Report on vaccination in Madras 1877-1894 - 1877-1894
Year: 1877
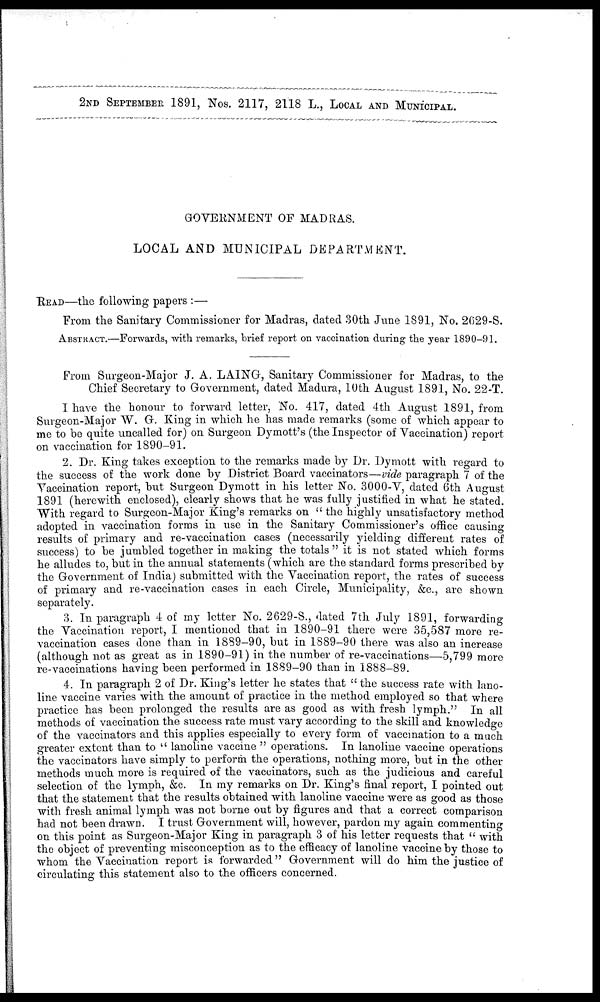
2ND SEPTEMBER 1891, Nos. 2117, 2118 L., LOCAL AND MUNICIPAL.
GOVERNMENT OF MADRAS.
LOCAL AND MUNICIPAL DEPARTMENT.
READ—the following papers :—
From the Sanitary Commissioner for Madras, dated 30th June 1891, No. 2629-S.
ABSTRACT.—Forwards, with remarks, brief report on vaccination during the year 1890-91.
From Surgeon-Major J. A. LAING, Sanitary Commissioner for Madras, to the
Chief Secretary to Government, dated Madura, 10th August 1891, No. 22-T.
I have the honour to forward letter, No. 417, dated 4th August 1891, from
Surgeon-Major W. G. King in which he has made remarks (some of which appear to
me to be quite uncalled for) on Surgeon Dymott's (the Inspector of Vaccination) report
on vaccination for 1890-91.
2. Dr. King takes exception to the remarks made by Dr. Dymott with regard to
the success of the work done by District Board vaccinators—vide paragraph 7 of the
Vaccination report, but Surgeon Dymott in his letter No. 3000-V, dated 6th August
1891 (herewith enclosed), clearly shows that he was fully justified in what he stated.
With regard to Surgeon-Major King's remarks on " the highly unsatisfactory method
adopted in vaccination forms in use in the Sanitary Commissioner's office causing
results of primary and re-vaccination cases (necessarily yielding different rates of
success) to be jumbled together in making the totals " it is not stated which forms
he alludes to, but in the annual statements (which are the standard forms prescribed by
the Government of India) submitted with the Vaccination report, the rates of success
of primary and re-vaccination cases in each Circle, Municipality, &c., are shown
separately.
3. In paragraph 4 of my letter No. 2629-S., dated 7th July 1891, forwarding
the Vaccination report, I mentioned that in 1890-91 there were 35,587 more re-
vaccination cases done than in 1889-90, but in 1889-90 there was also an increase
(although not as great as in 1890-91) in the number of re-vaccinations—5,799 more
re-vaccinations having been performed in 1889-90 than in 1888-89.
4. In paragraph 2 of Dr. King's letter he states that " the success rate with lano-
line vaccine varies with the amount of practice in the method employed so that where
practice has been prolonged the results are as good as with fresh lymph." In all
methods of vaccination the success rate must vary according to the skill and knowledge
of the vaccinators and this applies especially to every form of vaccination to a much
greater extent than to " lanoline vaccine " operations. In lanoline vaccine operations
the vaccinators have simply to perform the operations, nothing more, but in the other
methods much more is required of the vaccinators, such as the judicious and careful
selection of the lymph, &c. In my remarks on Dr. King's final report, I pointed out
that the statement that the results obtained with lanoline vaccine were as good as those
with fresh animal lymph was not borne out by figures and that a correct comparison
had not been drawn. I trust Government will, however, pardon my again commenting
on this point as Surgeon-Major King in paragraph 3 of his letter requests that " with
the object of preventing misconception as to the efficacy of lanoline vaccine by those to
whom the Vaccination report is forwarded" Government will do him the justice of
circulating this statement also to the officers concerned.